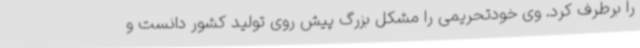
را برطرف کرد. وی خودتحریمی را مشکل بزرگ پیش روی تولید کشور دانست و